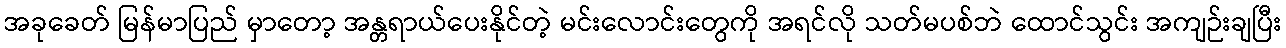
အခုခေတ် မြန်မာပြည် မှာတော့ အန္တရာယ်ပေးနိုင်တဲ့ မင်းလောင်းတွေကို အရင်လို သတ်မပစ်ဘဲ ထောင်သွင်း အကျဉ်းချပြီး